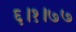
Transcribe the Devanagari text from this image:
६।१।७७